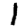
Digit: 1